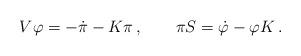
LaTeX: \begin{align*}V\varphi =-\dot{\pi}-K\pi \,,\qquad \pi S=\dot{\varphi}-\varphi K\,.\end{align*}